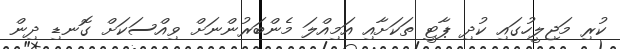
ކުރި މަޖިލީހުގައި ކުދި ޕާޓީ ތަކަށާއި އަމިއްލަ މެންބަރުންނަށް ވިއްސަކަށް ގޮނޑި ދިން